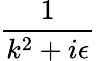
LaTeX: \frac{1}{k^{2}+i\epsilon}